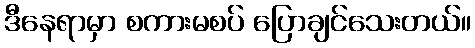
ဒီနေရာမှာ စကားမစပ် ပြောချင်သေးတယ်။